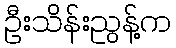
ဦးသိန်းညွန့်က